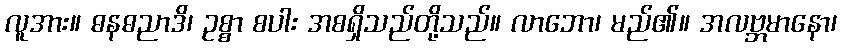
လူအား။ ဓနဓညာဒိ၊ ဥစ္စာ စပါး အစရှိသည်တို့သည်။ လာဘော၊ မည်၏။ အလဗ္ဘမာနော၊